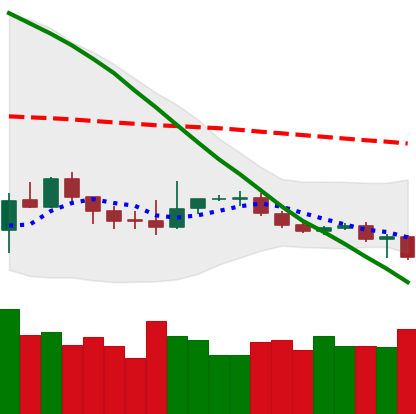
Ticker: BTC-USD
Chart end date: 2019-12-16
Forward return: 3.731%
Label: up_3_5